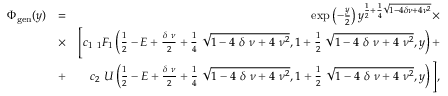
\begin{array} { r l r } { \Phi _ { \tiny { \mathrm { g e n } } } ( y ) } & { = } & { \exp \left( - \frac { y } { 2 } \right) y ^ { \frac { 1 } { 2 } + \frac { 1 } { 4 } \sqrt { 1 - 4 \delta \nu + 4 \nu ^ { 2 } } } \times } \\ & { \times } & { \Bigg [ c _ { 1 } ~ _ { 1 } F _ { 1 } \left( \frac { 1 } { 2 } - E + \frac { \delta ~ \nu } { 2 } + \frac { 1 } { 4 } ~ \sqrt { 1 - 4 ~ \delta ~ \nu + 4 ~ \nu ^ { 2 } } , 1 + \frac { 1 } { 2 } ~ \sqrt { 1 - 4 ~ \delta ~ \nu + 4 ~ \nu ^ { 2 } } , y \right) + } \\ & { + } & { c _ { 2 } ~ U \left( \frac { 1 } { 2 } - E + \frac { \delta ~ \nu } { 2 } + \frac { 1 } { 4 } ~ \sqrt { 1 - 4 ~ \delta ~ \nu + 4 ~ \nu ^ { 2 } } , 1 + \frac { 1 } { 2 } ~ \sqrt { 1 - 4 ~ \delta ~ \nu + 4 ~ \nu ^ { 2 } } , y \right) \Bigg ] , } \end{array}